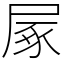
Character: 㞘